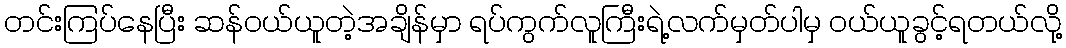
တင်းကြပ်နေပြီး ဆန်ဝယ်ယူတဲ့အချိန်မှာ ရပ်ကွက်လူကြီးရဲ့လက်မှတ်ပါမှ ဝယ်ယူခွင့်ရတယ်လို့